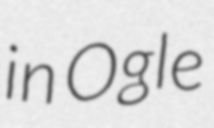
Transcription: in Ogle